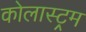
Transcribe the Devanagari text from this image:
कोलास्ट्रम